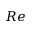
R e